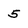
Character: 5